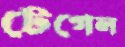
টেগেল